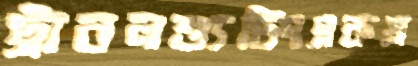
ট্রাবলশ্যুটিংএকপ্র